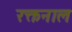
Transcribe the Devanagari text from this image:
रक्तनाल